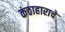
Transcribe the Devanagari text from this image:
कंठाहाराचे